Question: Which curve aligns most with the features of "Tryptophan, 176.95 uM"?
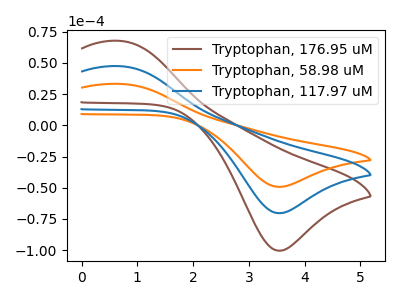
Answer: <think>The brown curve "Tryptophan, 176.95 uM" has an anodic peak at (0.70V, 94.75uA) and a cathodic peak at (3.55V, -140.80uA). The orange curve "Tryptophan, 58.98 uM" has an anodic peak at (0.70V, 33.20uA) and a cathodic peak at (3.55V, -49.30uA). The blue curve "Tryptophan, 117.97 uM" has an anodic peak at (0.70V, 47.40uA) and a cathodic peak at (3.55V, -70.40uA).
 All the peaks in "Tryptophan, 176.95 uM" have a peak in "Tryptophan, 58.98 uM" at the same potential. Every peak in "Tryptophan, 176.95 uM" is higher than every peak in "Tryptophan, 58.98 uM". All the peaks in "Tryptophan, 176.95 uM" have a peak in "Tryptophan, 117.97 uM" at the same potential. Every peak in "Tryptophan, 176.95 uM" is higher than every peak in "Tryptophan, 117.97 uM". All the peaks in "Tryptophan, 58.98 uM" have a peak in "Tryptophan, 117.97 uM" at the same potential. Every peak in "Tryptophan, 58.98 uM" is lower than every peak in "Tryptophan, 117.97 uM".</think>
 <answer>"Tryptophan, 176.95 uM" and "Tryptophan, 117.97 uM" have a similar shape to "Tryptophan, 58.98 uM".</answer>
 <eval>"Tryptophan, 176.95 uM" "Tryptophan, 117.97 uM"</eval>